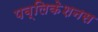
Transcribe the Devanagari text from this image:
पब्लिकेशनस